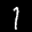
Label: 1